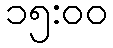
၁၅:၀၀